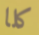
كلا